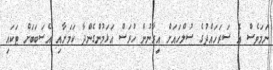
ނަމަވެސް އެ ސަރަހައްދުގެ ސުލްހައަށް އިރާނުން ހުރަސް އަޅަމުންގެންދާ ކަމަށާއި އެސަބަބަށް ޓަކައި